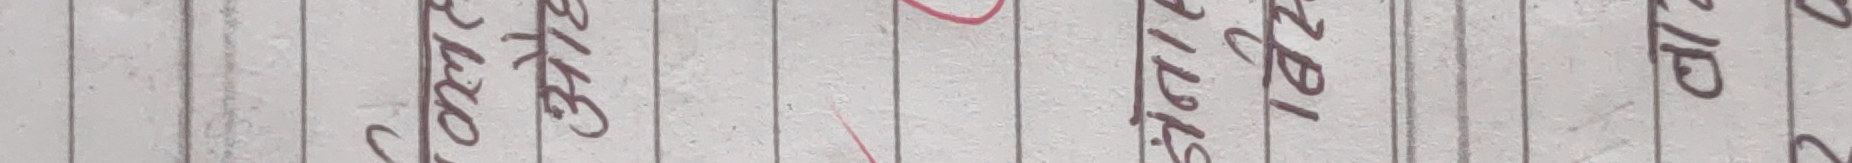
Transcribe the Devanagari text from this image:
31 गते सम्म